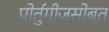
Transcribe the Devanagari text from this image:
पोर्तुगीजसोबत